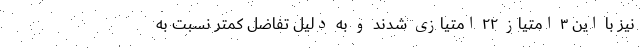
نیز با این ۳ امتیاز ۲۲ امتیازی شدند و به دلیل تفاضل کمتر نسبت به